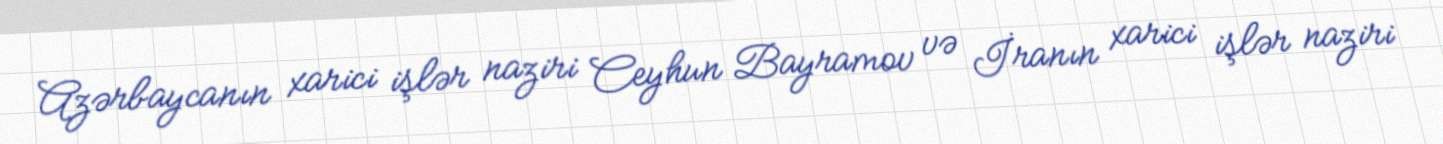
Azərbaycanın xarici işlər naziri Ceyhun Bayramov və İranın xarici işlər naziri